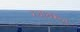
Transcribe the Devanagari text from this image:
रथावरून